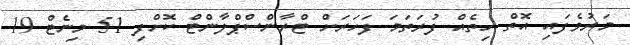
މަރުވެފައި އޮތް ހިތެއް ފުރަތަމަ ފަހަރަށް ޓްރާންސްޕްލާންޓް ކޮށްފި 51 މިނެޓް 19